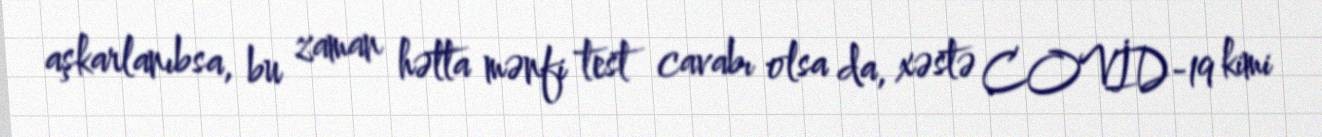
aşkarlanıbsa, bu zaman hətta mənfi test cavabı olsa da, xəstə COVİD-19 kimi